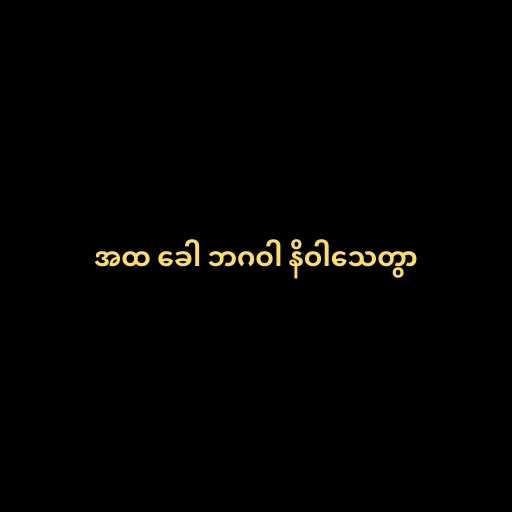
အထ ခေါ ဘဂဝါ နိဝါသေတွာ